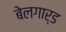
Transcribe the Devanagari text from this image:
बेलगार्ड